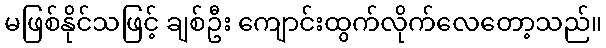
မဖြစ်နိုင်သဖြင့် ချစ်ဦး ကျောင်းထွက်လိုက်လေတော့သည်။